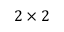
2 \times 2